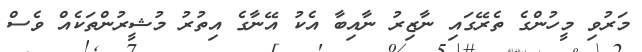
މަރުވި މީހުންގެ ތެރޭގައި ނާޒިރު ނާއިބާ އެކު އޭނާގެ އިތުރު މުޝީރުންތަކެއް ވެސް